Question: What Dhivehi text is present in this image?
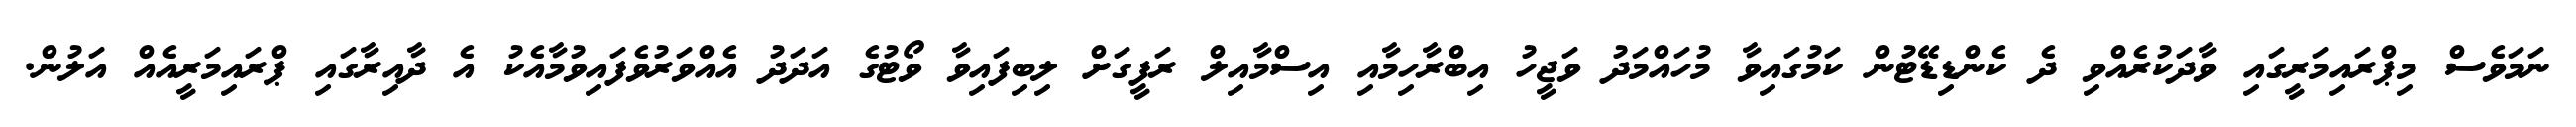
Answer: ނަމަވެސް މިޕްރައިމަރީގައި ވާދަކުރެއްވި ދެ ކެންޑިޑޭޓުން ކަމުގައިވާ މުހައްމަދު ވަޖީހު އިބްރާހިމާއި އިސްމާއިލް ރަފީގަށް ލިބިފައިވާ ވޯޓުގެ އަދަދު އެއްވަރުވެފައިވުމާއެކު އެ ދާއިރާގައި ޕްރައިމަރީއެއް އަލުން.